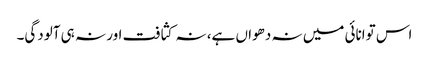
اس توانائی میں نہ دھواں ہے، نہ کثافت اور نہ ہی آلودگی۔